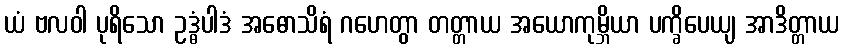
ယံ ဗလဝါ ပုရိသော ဥဒ္ဓံပါဒံ အဓောသိရံ ဂဟေတွာ တတ္တာယ အယောကုမ္ဘိယာ ပက္ခိပေယျ အာဒိတ္တာယ